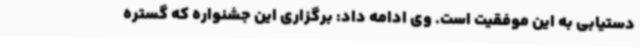
دستیابی به این موفقیت است. وی ادامه داد: برگزاری این جشنواره که گستره